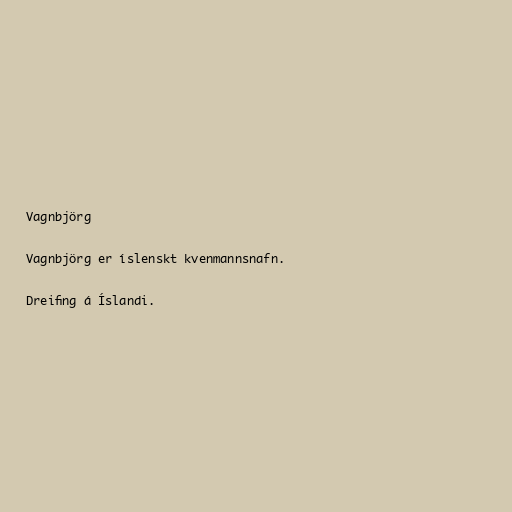
Vagnbjörg

Vagnbjörg er íslenskt kvenmannsnafn.

Dreifing á Íslandi.